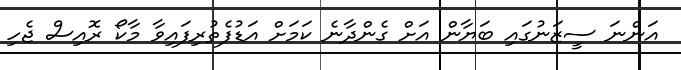
އަންނަ ސީޒަނުގައި ބަޔާން އަށް ގެންދާނެ ކަމަށް އަޑުފެތުރިފައިވާ މާކޯ ރޮއިސް ޖެހި